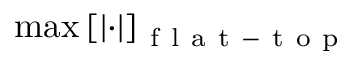
\operatorname* { m a x } \left[ \left| \cdot \right| \right] _ { \mathrm { ~ f ~ l ~ a ~ t ~ - ~ t ~ o ~ p ~ } }